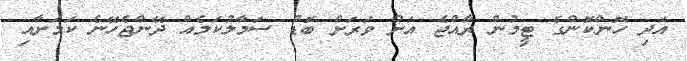
އަދި ހޮންކޮންގެ ޓީމުން ރާއްޖެ އަށް ވަރަށް ބޮޑު ސަމާލުކަމެއް ދޭންޖެހޭނެ ކަމަށާއި